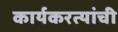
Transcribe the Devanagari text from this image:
कार्यकरत्यांची